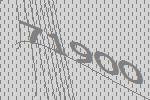
71900